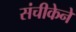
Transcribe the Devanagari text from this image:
संचीकेने